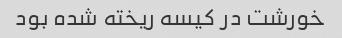
خورشت در کیسه ریخته شده بود